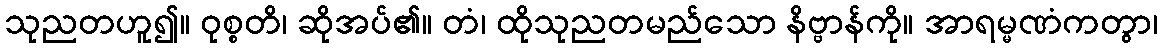
သုညတဟူ၍။ ဝုစ္စတိ၊ ဆိုအပ်၏။ တံ၊ ထိုသုညတမည်သော နိဗ္ဗာန်ကို။ အာရမ္မဏံကတွာ၊